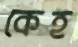
কেহ